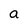
Character: a